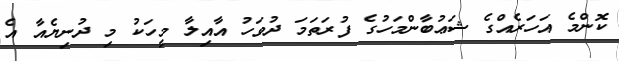
ކޮންމެ އަހަރެއްގެ ޝަޢުބާންމަހުގެ ފުރަތަމަ ދުވަހު އާއިލާ މީހަކު މި ދުނިޔެއާ އެ